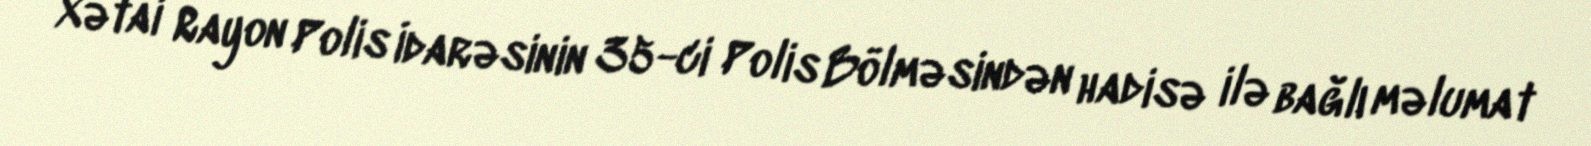
Xətai Rayon Polis İdarəsinin 35-ci Polis Bölməsindən hadisə ilə bağlı məlumat